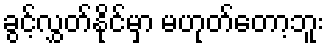
ခွင့်လွှတ်နိုင်မှာ မဟုတ်တော့ဘူး